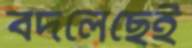
বদলেছেই